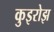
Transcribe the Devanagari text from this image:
कुइरोझ